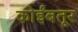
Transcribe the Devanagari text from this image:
कोर्इंबतूर